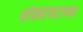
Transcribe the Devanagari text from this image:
शंकरपटाच्या